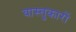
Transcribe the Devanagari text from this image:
वास्‍तुकारों